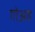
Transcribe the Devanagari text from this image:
गोअव